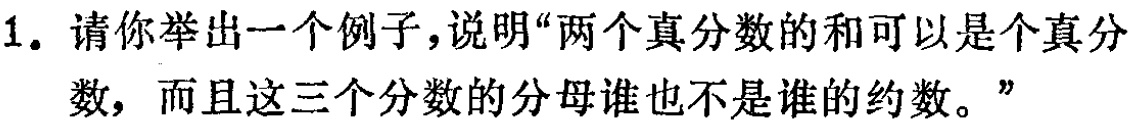
1. 请你举出一个例子，说明“两个真分数的和可以是个真分数，而且这三个分数的分母谁也不是谁的约数。”